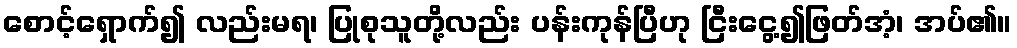
စောင့်ရှောက်၍ လည်းမရ၊ ပြုစုသူတို့လည်း ပန်းကုန်ပြီဟု ငြီးငွေ့၍ဖြတ်အံ့၊ အပ်၏။